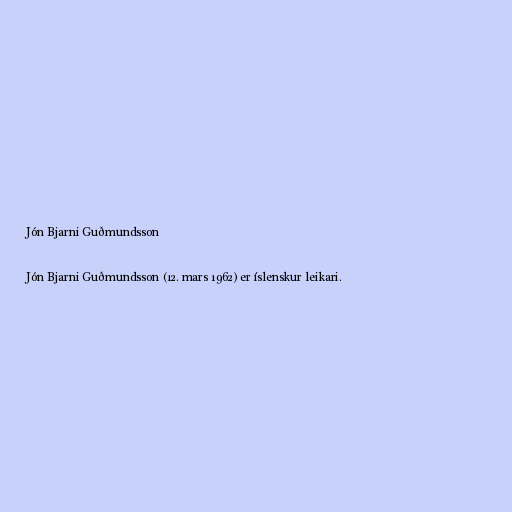
Jón Bjarni Guðmundsson

Jón Bjarni Guðmundsson (12. mars 1962) er íslenskur leikari.